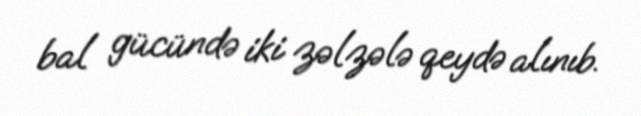
bal gücündə iki zəlzələ qeydə alınıb.